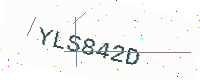
Text: YLS842D